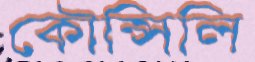
কৌন্সিলি